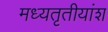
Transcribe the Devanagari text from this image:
मध्यतृतीयांश